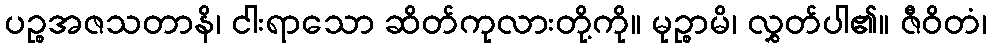
ပဉ္စအဇသတာနိ၊ ငါးရာသော ဆိတ်ကုလားတို့ကို။ မုဉ္စာမိ၊ လွှတ်ပါ၏။ ဇီဝိတံ၊